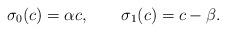
LaTeX: \begin{gather*}\sigma_{0}(c) =\alpha c,\qquad\sigma_{1}(c) =c-\beta.\end{gather*}